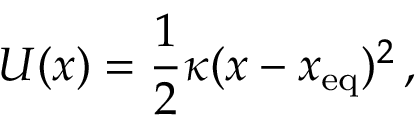
U ( x ) = \frac { 1 } { 2 } \kappa ( x - x _ { \mathrm { e q } } ) ^ { 2 } \, ,